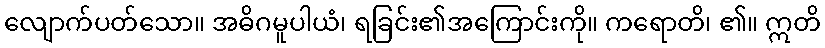
လျောက်ပတ်သော။ အဓိဂမူပါယံ၊ ရခြင်း၏အကြောင်းကို။ ကရောတိ၊ ၏။ ဣတိ